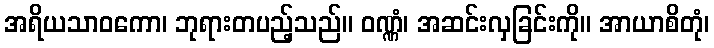
အရိယသာဝကော၊ ဘုရားတပည့်သည်။ ဝဏ္ဏံ၊ အဆင်းလှခြင်းကို။ အာယာစိတုံ၊